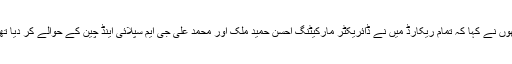
انھوں نے کہا کہ تمام ریکارڈ میں نے ڈائریکٹر مارکیٹنگ احسن حمید ملک اور محمد علی جی ایم سپلائی اینڈ چین کے حوالے کر دیا تھا ۔